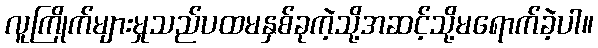
လူကြိုက်များမှုသည်ပထမနှစ်ခုကဲ့သို့အဆင့်သို့မရောက်ခဲ့ပါ။